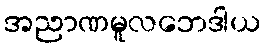
အညာဏမူလဘေဒါယ